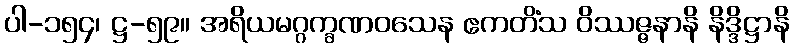
ပါ-၁၅၄၊ ဋ္ဌ-၅၉။ အရိယမဂ္ဂက္ခဏဝသေန ဧကတိံသ ဝိဿဇ္ဇနာနိ နိဒ္ဒိဋ္ဌာနိ